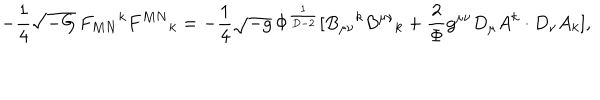
- \frac { 1 } { 4 } \sqrt { - G } \, F _ { M N } { } ^ { k } F ^ { M N } { } _ { k } = - \frac { 1 } { 4 } \sqrt { - g } \, \Phi ^ { \frac { 1 } { D - 2 } } [ B _ { \mu \nu } { } ^ { k } B ^ { \mu \nu } { } _ { k } + \frac { 2 } { \Phi } g ^ { \mu \nu } D _ { \mu } A ^ { k } \cdot D _ { \nu } A _ { k } ] ,